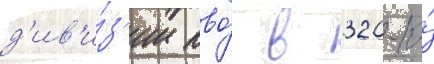
д'ив'и́з'ии пво́ в 320-ю́